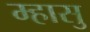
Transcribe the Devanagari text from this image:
म्हासु